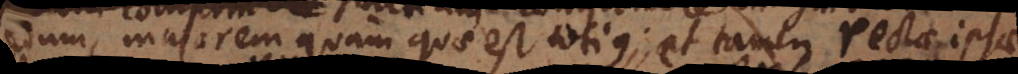
pedum, majorem quam quae est totius; et tamen rectae ipsae